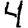
Digit: 4